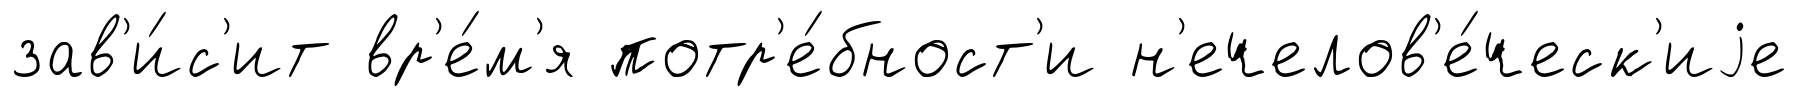
зав'и́с'ит вр'е́м'я потр'е́бност'и н'ечелов'е́ческ'иjе